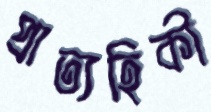
প্রাত্যহিকী